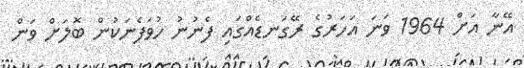
އޭނާ އަށް 1964 ވަނަ އަހަރުގެ ރޭގަނޑެއްގައި ފެނުނު ހުވަފެނަކުން ބޮލަށް ވަން